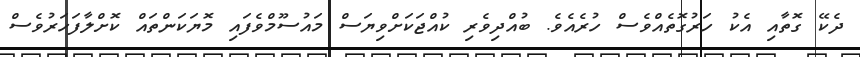
ދެކޭ ގޮތާއި އެކު ހަރުގޮތެއްވެސް ހުރެއެވެ. ބުއްދިވެރި ކުއްޖަކަށްވިޔަސް މައުސޫމްވެފައި މޮޔަކަންތައް ކޮށްލާފަހަރުވެސް